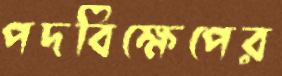
পদবিক্ষেপের